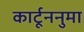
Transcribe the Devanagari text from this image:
कार्टूननुमा